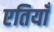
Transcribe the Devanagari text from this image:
एतियाँ